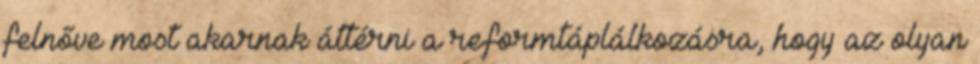
felnőve most akarnak áttérni a reformtáplálkozásra, hogy az olyan